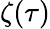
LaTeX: \zeta(\tau)